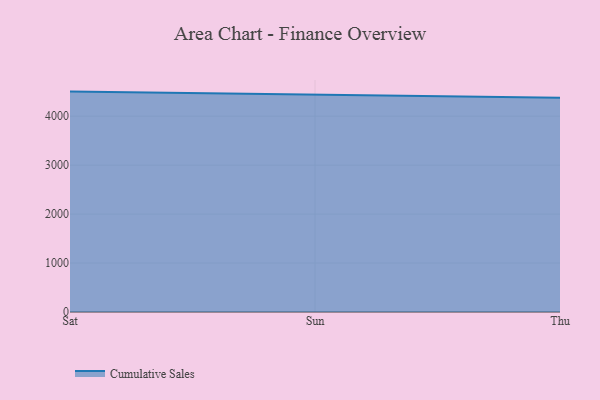
{"axis": {"x": "Day", "y": "Latency (ms)"}, "legend": ["Cumulative Sales"], "data": [{"x": "Sat", "y": 4502.0, "type": "Cumulative Sales"}, {"x": "Sun", "y": 4437.6, "type": "Cumulative Sales"}, {"x": "Thu", "y": 4375.0, "type": "Cumulative Sales"}]}